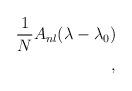
LaTeX: \begin{align*}{1 \over N} A_{nl}(\lambda - \lambda_{0})\\,\end{align*}